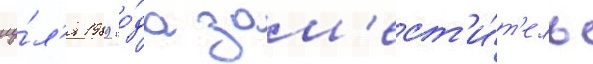
иу́л'я 1989 го́да зам'ест'и́т'ель